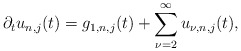
\begin{align*}\partial_tu_{n,j}(t)=g_{1,n,j}(t)+\sum_{\nu=2}^{\infty}u_{\nu,n,j}(t),\end{align*}